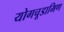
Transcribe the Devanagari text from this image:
योगचूडामिण